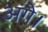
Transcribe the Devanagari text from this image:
अंगे।